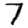
Digit: 7